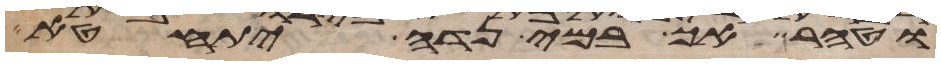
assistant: וטהר אך במי נדה יתחטא